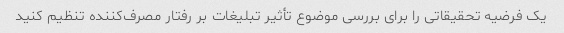
یک فرضیه تحقیقاتی را برای بررسی موضوع تأثیر تبلیغات بر رفتار مصرف‌کننده تنظیم کنید